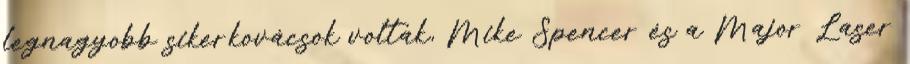
legnagyobb sikerkovácsok voltak, Mike Spencer és a Major Laser